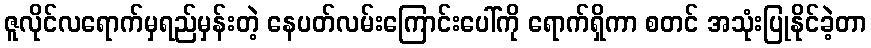
ဇူလိုင်လရောက်မှရည်မှန်းတဲ့ နေပတ်လမ်းကြောင်းပေါ်ကို ရောက်ရှိကာ စတင် အသုံးပြုနိုင်ခဲ့တာ